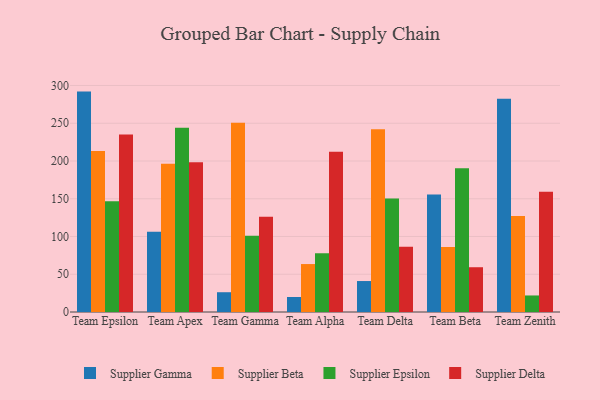
{"axis": {"x": "Team", "y": "Bounce Rate (%)"}, "legend": ["Supplier Beta", "Supplier Delta", "Supplier Epsilon", "Supplier Gamma"], "data": [{"x": "Team Epsilon", "y": 291.9, "type": "Supplier Gamma"}, {"x": "Team Epsilon", "y": 213.1, "type": "Supplier Beta"}, {"x": "Team Epsilon", "y": 146.8, "type": "Supplier Epsilon"}, {"x": "Team Epsilon", "y": 235.2, "type": "Supplier Delta"}, {"x": "Team Apex", "y": 106.3, "type": "Supplier Gamma"}, {"x": "Team Apex", "y": 196.3, "type": "Supplier Beta"}, {"x": "Team Apex", "y": 243.9, "type": "Supplier Epsilon"}, {"x": "Team Apex", "y": 198.2, "type": "Supplier Delta"}, {"x": "Team Gamma", "y": 26.2, "type": "Supplier Gamma"}, {"x": "Team Gamma", "y": 250.7, "type": "Supplier Beta"}, {"x": "Team Gamma", "y": 101.0, "type": "Supplier Epsilon"}, {"x": "Team Gamma", "y": 126.1, "type": "Supplier Delta"}, {"x": "Team Alpha", "y": 19.9, "type": "Supplier Gamma"}, {"x": "Team Alpha", "y": 63.5, "type": "Supplier Beta"}, {"x": "Team Alpha", "y": 77.8, "type": "Supplier Epsilon"}, {"x": "Team Alpha", "y": 212.3, "type": "Supplier Delta"}, {"x": "Team Delta", "y": 41.0, "type": "Supplier Gamma"}, {"x": "Team Delta", "y": 242.2, "type": "Supplier Beta"}, {"x": "Team Delta", "y": 150.4, "type": "Supplier Epsilon"}, {"x": "Team Delta", "y": 86.5, "type": "Supplier Delta"}, {"x": "Team Beta", "y": 155.6, "type": "Supplier Gamma"}, {"x": "Team Beta", "y": 86.2, "type": "Supplier Beta"}, {"x": "Team Beta", "y": 190.4, "type": "Supplier Epsilon"}, {"x": "Team Beta", "y": 59.3, "type": "Supplier Delta"}, {"x": "Team Zenith", "y": 282.4, "type": "Supplier Gamma"}, {"x": "Team Zenith", "y": 127.2, "type": "Supplier Beta"}, {"x": "Team Zenith", "y": 21.9, "type": "Supplier Epsilon"}, {"x": "Team Zenith", "y": 159.3, "type": "Supplier Delta"}]}